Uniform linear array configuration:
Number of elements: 8
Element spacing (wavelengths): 0.75
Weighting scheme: hann
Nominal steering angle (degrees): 30
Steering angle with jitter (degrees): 28.081
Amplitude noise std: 0.05
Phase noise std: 0.05

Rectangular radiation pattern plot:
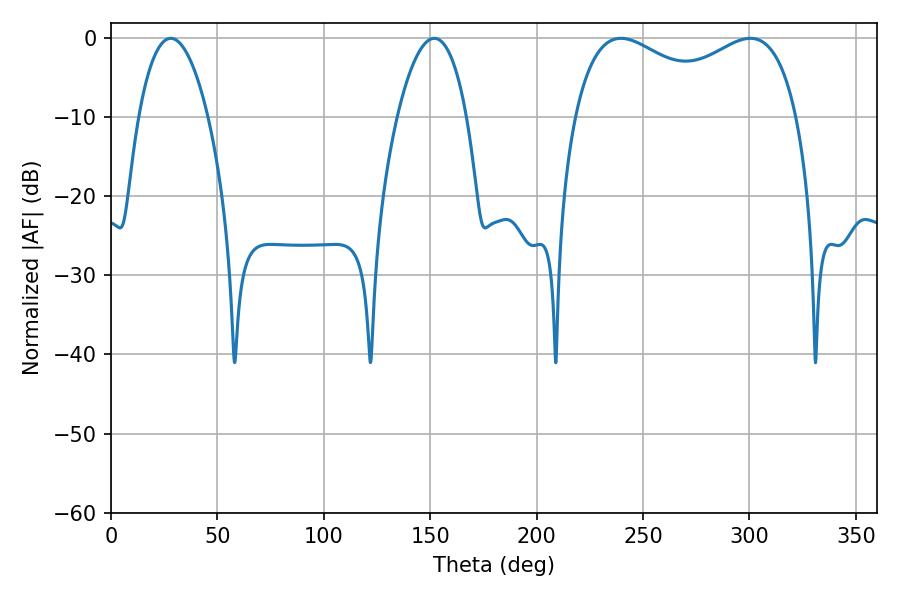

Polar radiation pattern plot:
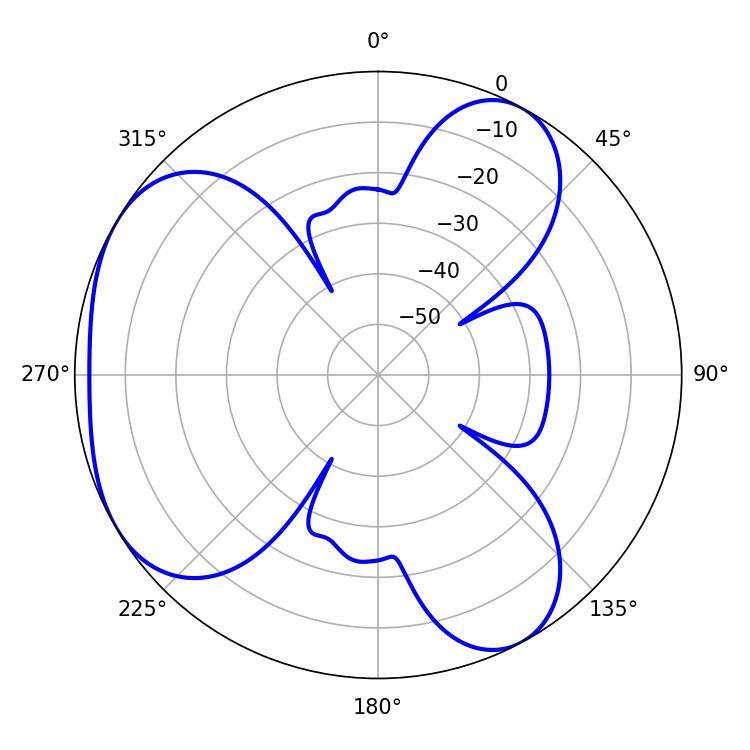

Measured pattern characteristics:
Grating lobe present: TRUE
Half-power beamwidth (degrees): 18.18
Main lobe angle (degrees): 28.08